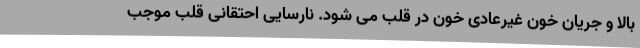
بالا و جریان خون غیرعادی خون در قلب می شود. نارسایی احتقانی قلب موجب